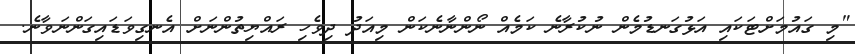
"މި ގައުމަށްޓަކައި އަޅުގަނޑުމެން ނުކުރާނެ ކަމެއް ނޯންނާނެކަން މިއަދު ދިވެހި ރައްޔިތުންނަށް އެނގިވަޑައިގަންނަވާނެ.